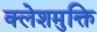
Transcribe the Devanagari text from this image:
क्लेशमुक्ति